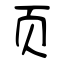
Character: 页